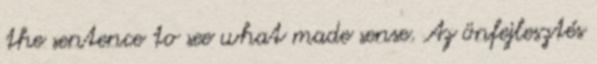
the sentence to see what made sense. Az önfejlesztés